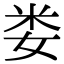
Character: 娄